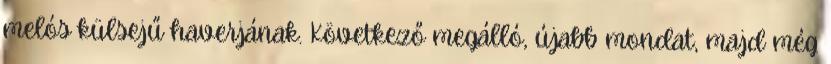
melós külsejű haverjának. Következő megálló, újabb mondat, majd még